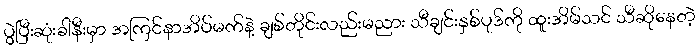
ပွဲပြီးဆုံးခါနီးမှာ အကြင်နာအိပ်မက်နဲ့ ချစ်တိုင်းလည်းမညား သီချင်းနှစ်ပုဒ်ကို ထူးအိမ်သင် သီဆိုနေတဲ့